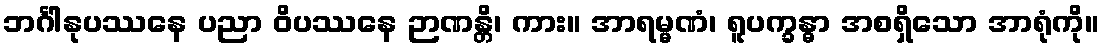
ဘင်္ဂါနုပဿနေ ပညာ ဝိပဿနေ ဉာဏန္တိ၊ ကား။ အာရမ္မဏံ၊ ရူပက္ခန္ဓာ အစရှိသော အာရုံကို။